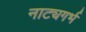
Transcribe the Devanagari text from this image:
नाट्यगर्भ